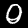
Digit: 0